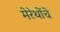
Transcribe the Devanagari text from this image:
मेरेथोंचे